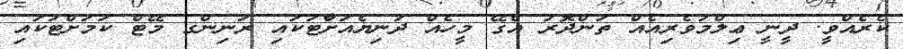
ކެރެއްވީ. ދީނީ ޢިލްމުވެރިއެއް ތަންދޮރު އެގޭ މީހެއް ދުނިޔެއަށާްޓަކައި ރަނިންގ މޭޓް ކަމަށްޓަކައި